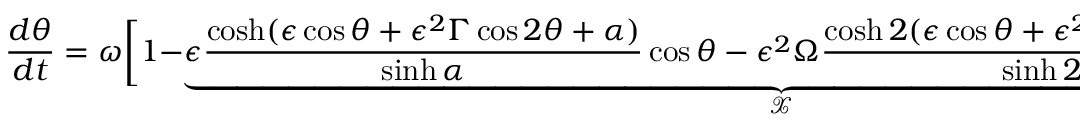
\frac { d \theta } { d t } = \omega \bigg [ 1 - \underbrace { \epsilon \frac { \cosh ( \epsilon \cos \theta + \epsilon ^ { 2 } \Gamma \cos 2 \theta + \alpha ) } { \sinh \alpha } \cos \theta - \epsilon ^ { 2 } \Omega \frac { \cosh 2 ( \epsilon \cos \theta + \epsilon ^ { 2 } \Gamma \cos 2 \theta + \alpha ) } { \sinh 2 \alpha } \cos 2 \theta } _ { \mathcal { X } } \bigg ] .